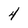
Character: 4